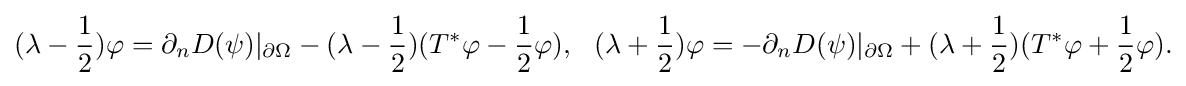
\displaystyle {(\lambda -{1 \over 2})\varphi =\partial _{n}D(\psi )|_{\partial \Omega }-(\lambda -{1 \over 2})(T^{*}\varphi -{1 \over 2}\varphi ),\,\,\,\,(\lambda +{1 \over 2})\varphi =-\partial _{n}D(\psi )|_{\partial \Omega }+(\lambda +{1 \over 2})(T^{*}\varphi +{1 \over 2}\varphi ).}